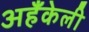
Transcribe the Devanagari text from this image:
अहँकेली